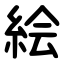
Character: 絵